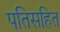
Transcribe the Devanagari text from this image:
पतिसहित